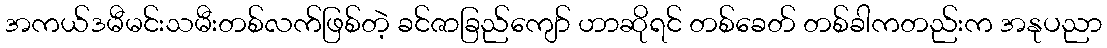
အကယ်ဒမီမင်းသမီးတစ်လက်ဖြစ်တဲ့ ခင်ဇာခြည်ကျော် ဟာဆိုရင် တစ်ခေတ် တစ်ခါကတည်းက အနုပညာ